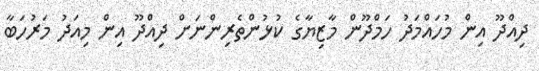
ދިއްދޫ އިން މުހައްމަދު ހަމްދޫން މާޒިޔާގެ ކުޅުންތެރިންނަށް ދިއްދޫ އިން މިއަދު މަރުހަބާ